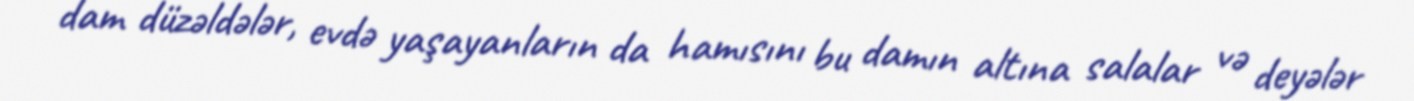
dam düzəldələr, evdə yaşayanların da hamısını bu damın altına salalar və deyələr